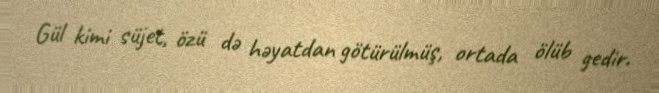
Gül kimi süjet, özü də həyatdan götürülmüş, ortada ölüb gedir.